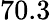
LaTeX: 70.3